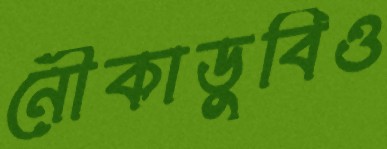
নৌকাডুবিও